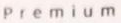
Premium